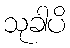
သုခါပိ